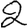
Digit: 2